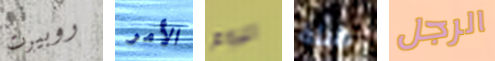
روبيرت الأمر اليوم طبلة الرجل